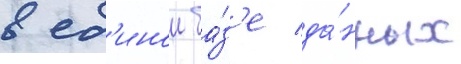
в ед'инои ба́з'е да́нных